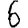
Digit: 6